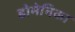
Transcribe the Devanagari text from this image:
डोमेनिका